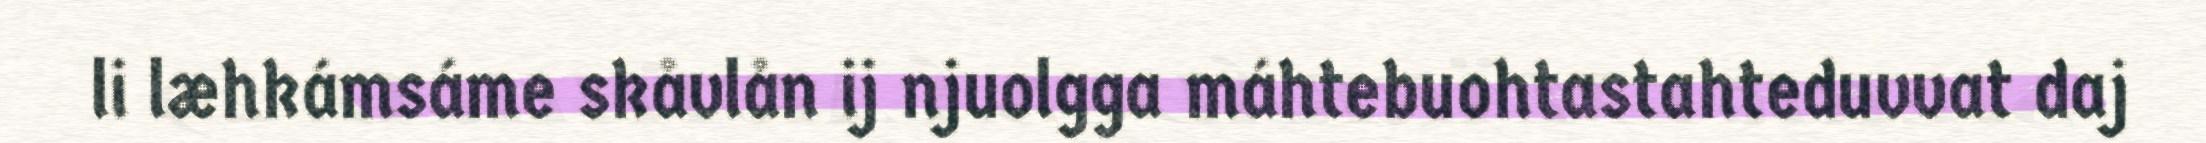
li læhkámsáme skåvlån ij njuolgga máhtebuohtastahteduvvat daj